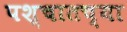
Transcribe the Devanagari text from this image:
पश्चातच्या